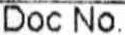
DOC NO.